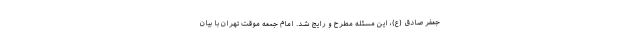
جعفر صادق (ع)، این مسئله مطرح و رایج شد. امام جمعه موقت تهران با بیان